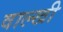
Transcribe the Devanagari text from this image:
वाल्खी